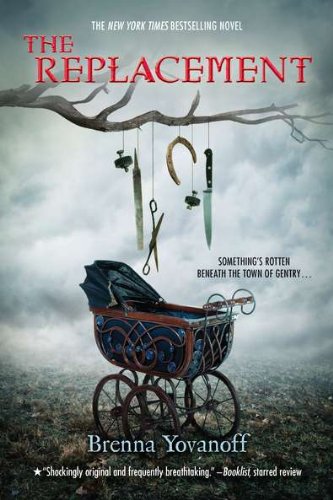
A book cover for The Replacement; Brenna Yovanoff; Teen & Young Adult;